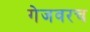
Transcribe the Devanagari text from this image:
गेजवरच